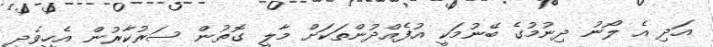
އަދި އެ ލޯނު ދިނުމުގެ ބޭނުމަކީ އުފެއްދުންތަކަށް މާލީ ގޮތުން ސަރުކާރުން އެހީވެދީ